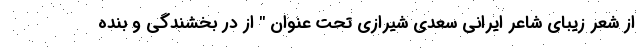
از شعر زیبای شاعر ایرانی سعدی شیرازی تحت عنوان " از در بخشندگی و بنده